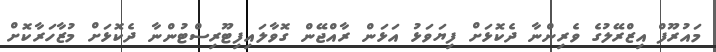
މައުރޫފް އިޒްރޭލުގެ ވެރިންނާ ދެކޮޅަށް ފިޔަވަޅު އަޅަން ރާއްޖޭން ގޮވާލައިފިޓޫރިސްޓުންނާ ދެކޮޅަށް މުޒާހަރާކޮށް